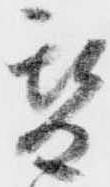
替